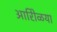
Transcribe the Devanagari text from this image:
आरोिळया